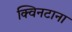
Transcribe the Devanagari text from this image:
क्विनटाना